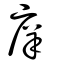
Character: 庠